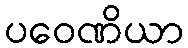
ပဝေဏိယာ